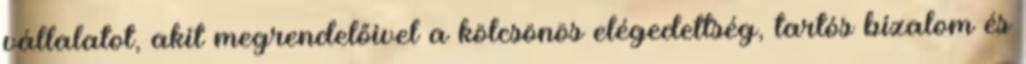
vállalatot, akit megrendelőivel a kölcsönös elégedettség, tartós bizalom és